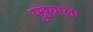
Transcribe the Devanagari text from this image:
पुठ्ठय़ाला